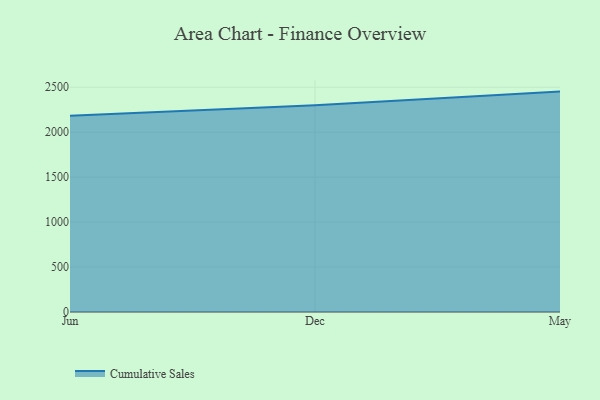
{"axis": {"x": "Month", "y": "Waste Production (Tons)"}, "legend": ["Cumulative Sales"], "data": [{"x": "Jun", "y": 2183.2, "type": "Cumulative Sales"}, {"x": "Dec", "y": 2299.6, "type": "Cumulative Sales"}, {"x": "May", "y": 2451.7, "type": "Cumulative Sales"}]}